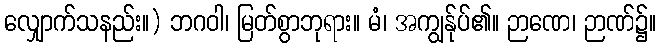
လျှောက်သနည်း။) ဘဂဝါ၊ မြတ်စွာဘုရား။ မံ၊ အကျွန်ုပ်၏။ ဉာဏေ၊ ဉာဏ်၌။